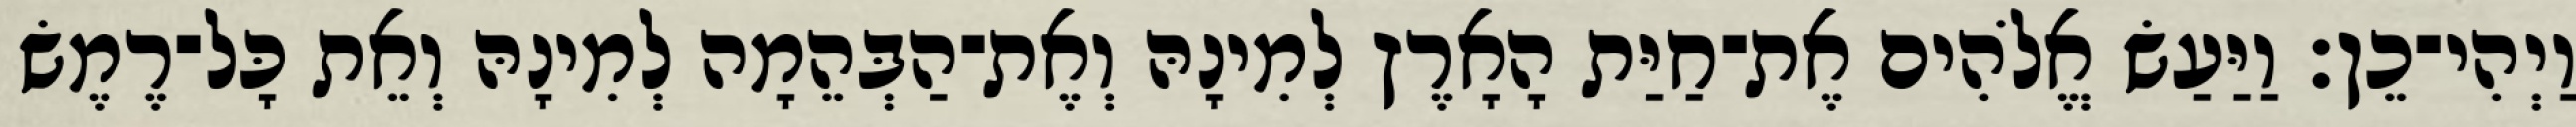
וַיְהִי־כֵן׃ וַיַּעַשׂ אֱלֹהִים אֶת־חַיַּת הָאָרֶץ לְמִינָהּ וְאֶת־הַבְּהֵמָה לְמִינָהּ וְאֵת כָּל־רֶמֶשׂ